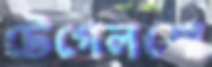
টেগেলশো